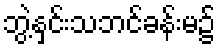
ဘွဲ့နှင်းသဘင်ခန်းမ၌